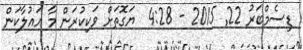
ޑިސެމްބަރު 22